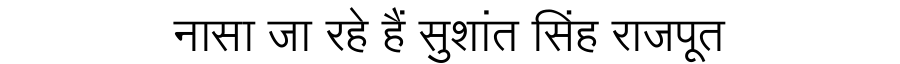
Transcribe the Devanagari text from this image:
नासा जा रहे हैं सुशांत सिंह राजपूत